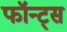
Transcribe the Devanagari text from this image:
फॉन्‍ट्स